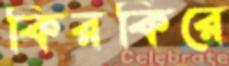
কিরকিরে